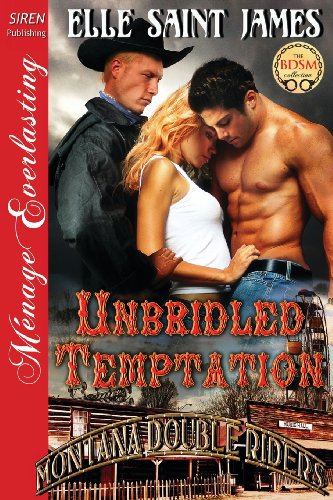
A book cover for Unbridled Temptation [Montana Double Riders 1] (Siren Publishing Menage Everlasting); Elle Saint James; Romance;